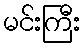
မင်းကြီး